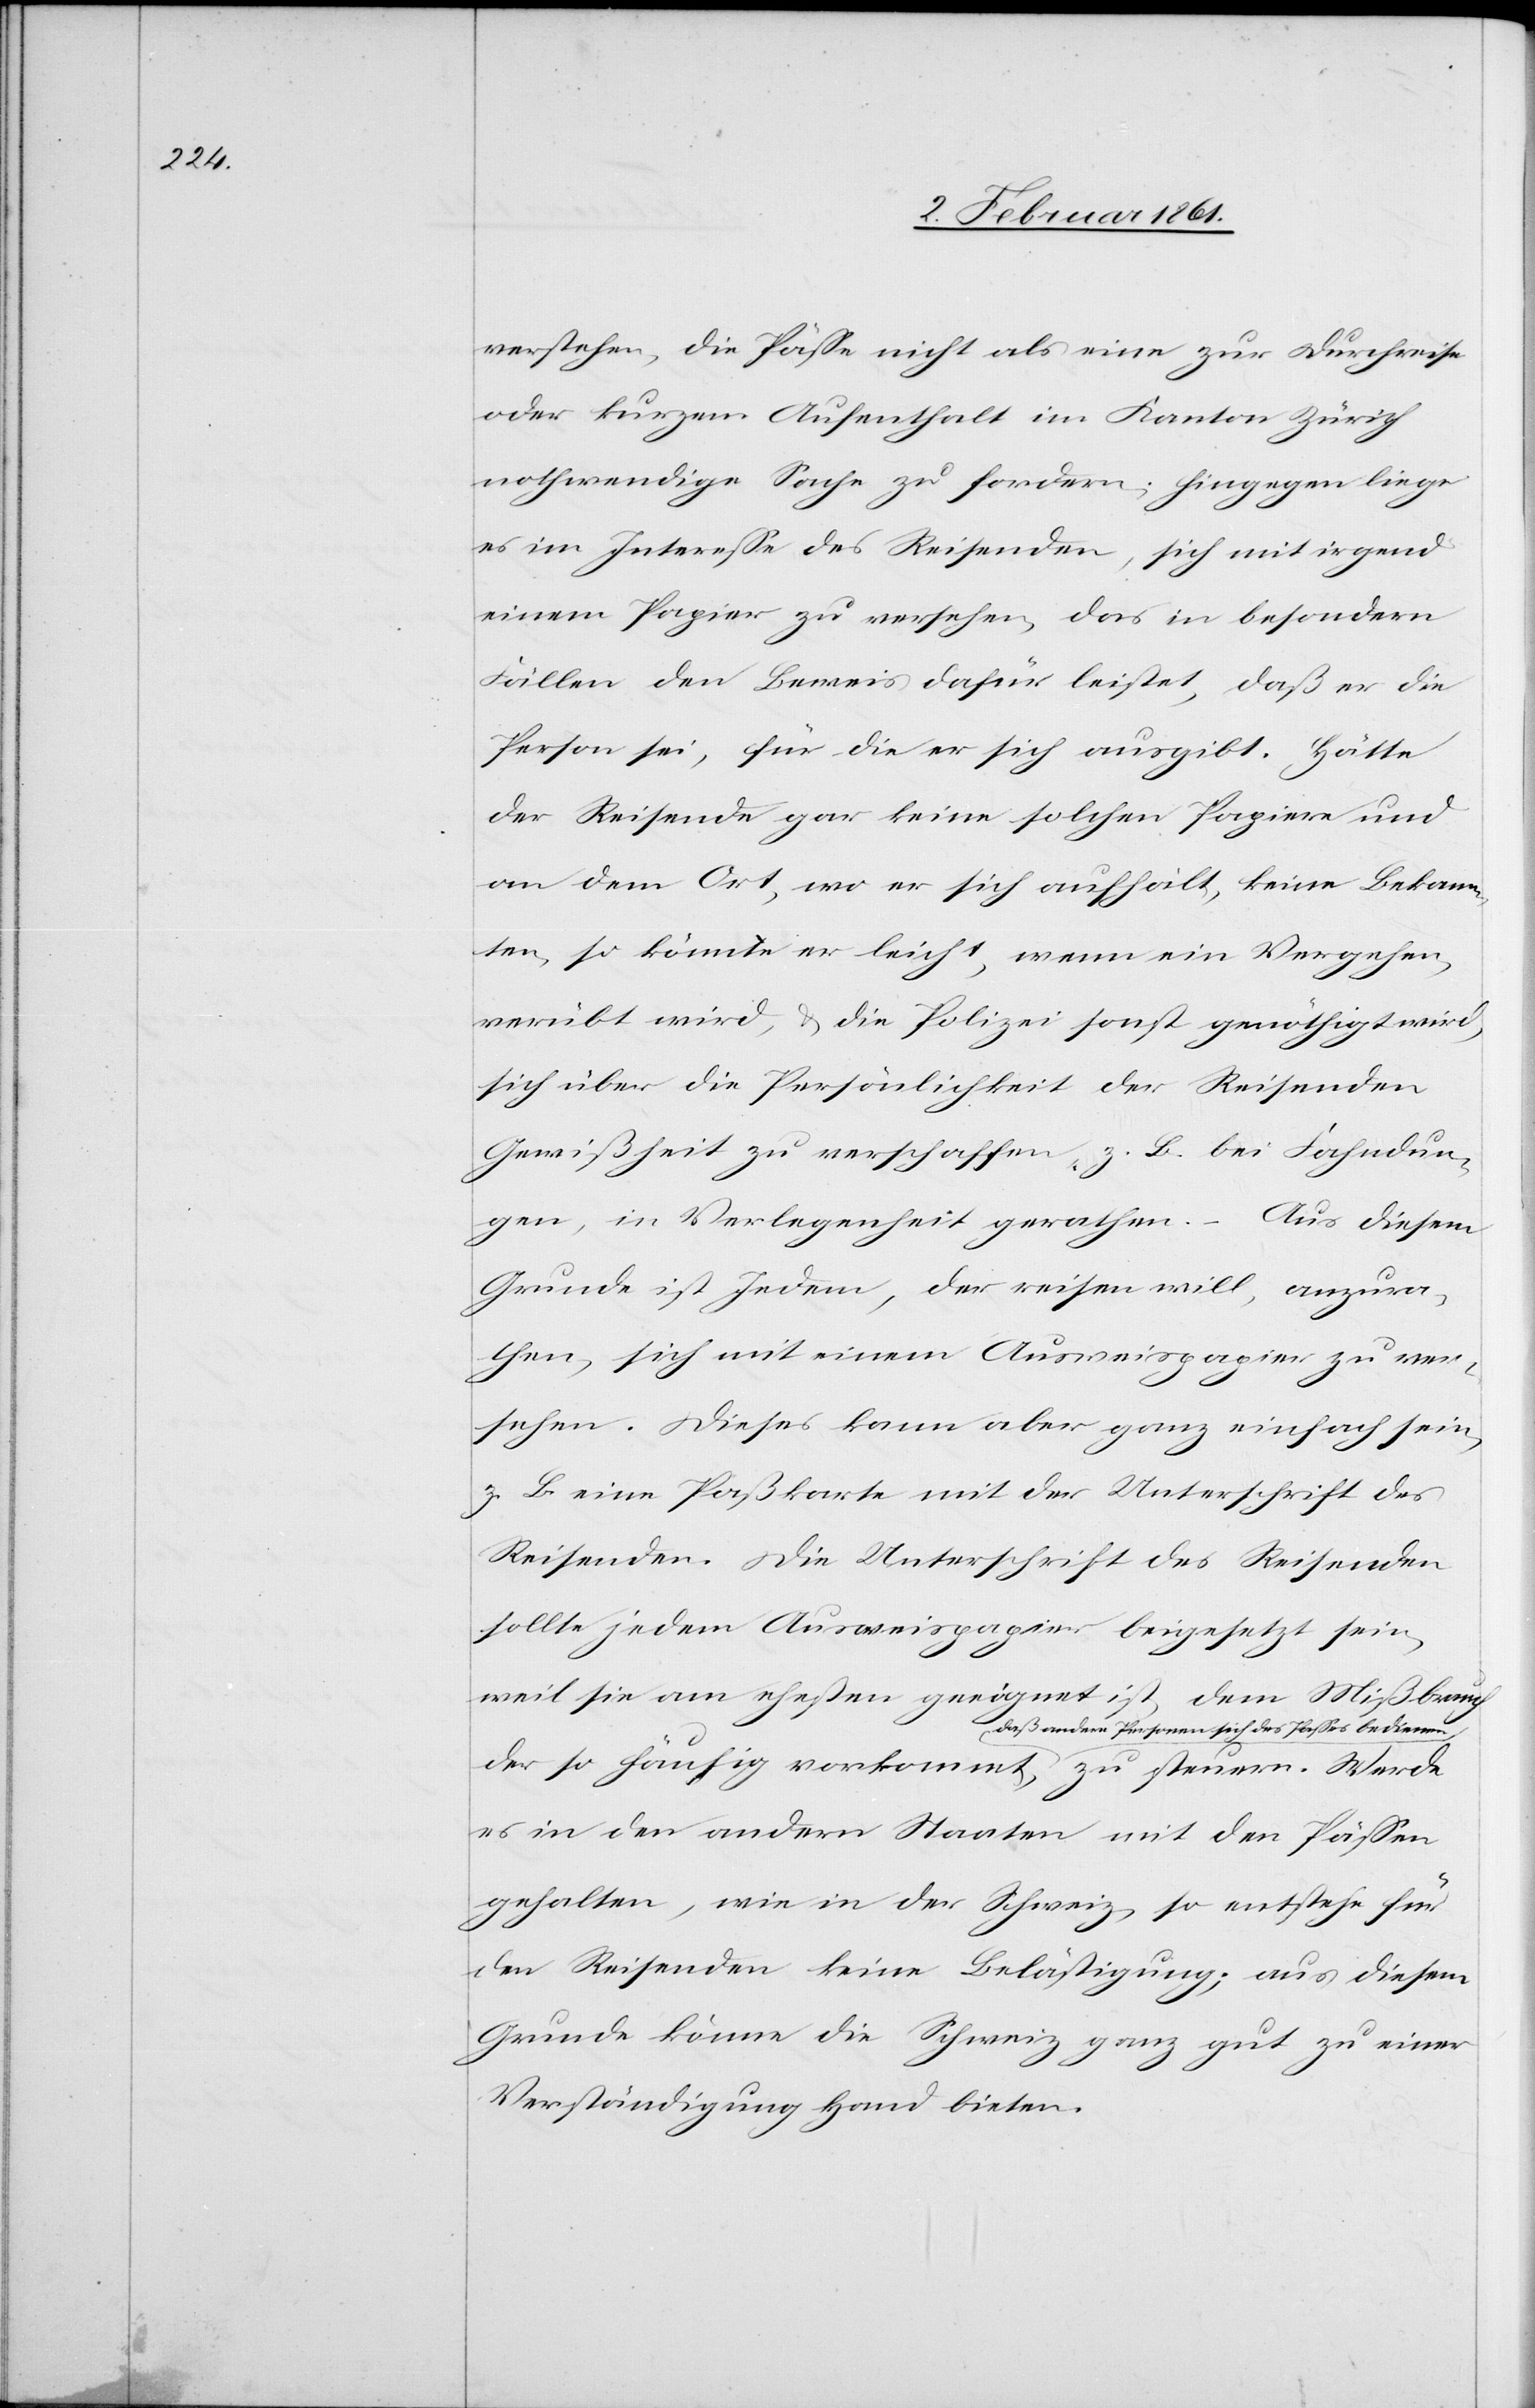
verstehen, die Pässe nicht als eine zur Durchreise
oder kurzen Aufenthalt im Kanton Zürich
nothwendige Sache zu fordern; hingegen liege
es im Interesse des Reisenden, sich mit irgend
einem Papier zu versehen, das in besondern
Fällen den Beweis dafür leistet, daß er die
Person sei, für die er sich ausgibt. Hätte
der Reisende gar keine solchen Papiere und
an dem Ort, wo er sich aufhält, keine Bekann¬
ten, so könnte er leicht, wenn ein Vergehen
verübt wird, u. die Polizei sonst genöthigt wird,
sich über die Persönlichkeit der Reisenden
Gewißheit zu verschaffen, z. B. bei Fahndun¬
g, in Verlegenheit gerathen. Aus diesem
Grunde ist Jedem, der reisen will, anzura¬
then, sich mit einem Ausweispapier zu ver¬
sehen. Dieses kann aber ganz einfach sein,
z. B. eine Paßkarte mit der Unterschrift des
Reisenden. Die Unterschrift des Reisenden
sollte jedem Ausweispapier beigesetzt sein,
weil sie am ehesten geeignet ist, dem Mißbrauch
der so häufig vorkommt, daß andere Personen
es in den andern Staaten mit den Pässen
gehalten wie in der Schweiz, so entstehe für
den Reisenden keine Belästigung; aus diesem
Grunde könne die Schweiz ganz gut zu einer
Verständigung Hand bieten.